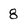
Character: 8